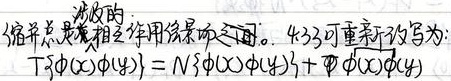
缩并总是依赖于相互作用的。4.33可重新写为：
\[T\{ \phi(x)\phi(y)\}=N\{ \phi(x)\phi(y)\}+\mathrm{i}\Delta \phi(x)\phi(y)\]